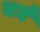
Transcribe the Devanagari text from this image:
बर्घ